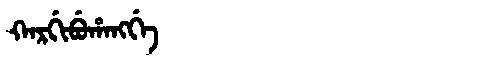
Manchu: ᡴᠠᡵᡤᡳᠪᡠᡥᠠᠩᡤᡝ
Romanization: KARGIBUHANGGE